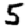
Digit: 5